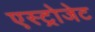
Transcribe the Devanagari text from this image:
एस्‍ट्रोजेट